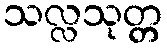
သလ္လသုတ္တ